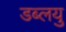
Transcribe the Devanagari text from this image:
डब्लयु